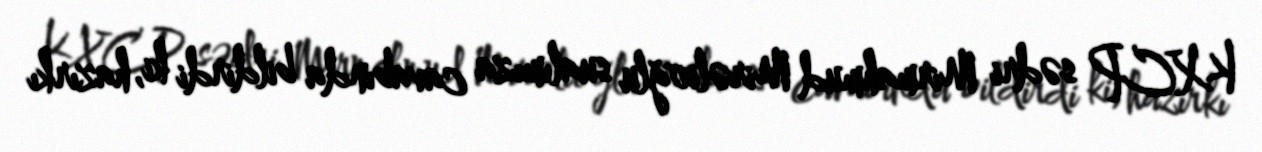
KXCP sədri Mirmahmud Mirəlioğlu sualımıza cavabında bildirdi ki, hazırkı